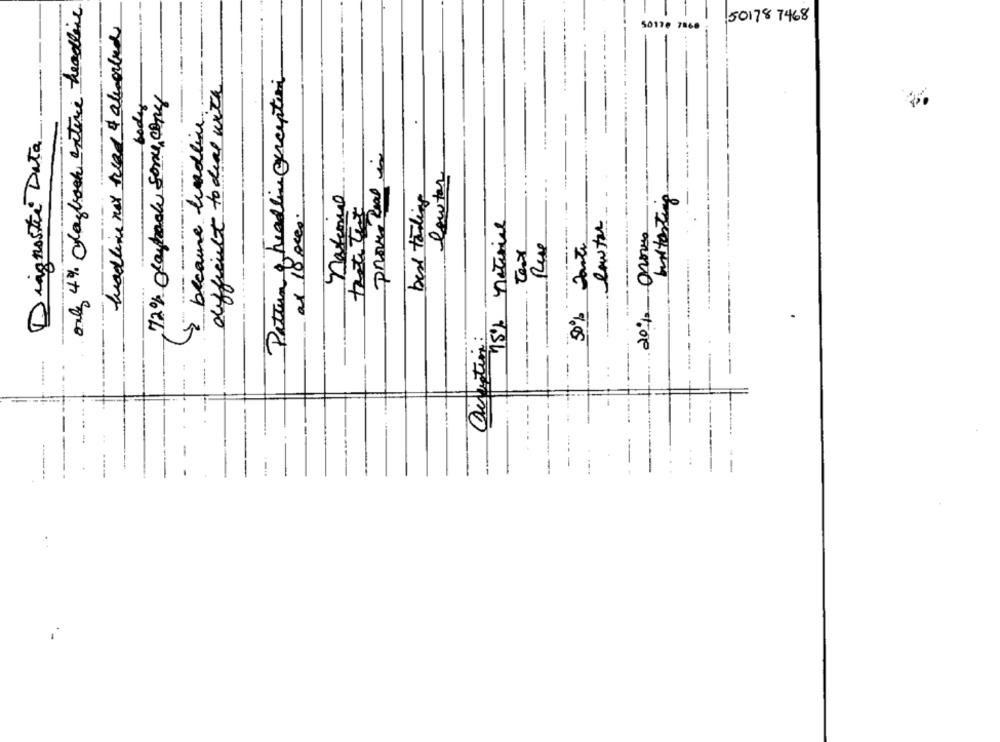
only 4 % Claybook entire headline
headline mas trad & alvorled
50178 7468
50170 7860
Pattun & headline perception
difficult to deal with
72% dayto some cony
bodas
because hundlin.
Diagnostic Data
--------
lowter
national
burtonting
tratitest
as 10 pces.
netwice
Rese
50% toute
Texx
15%
20%
Cematin:
--